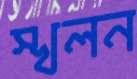
স্খলন